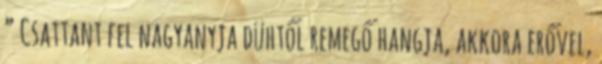
” Csattant fel nagyanyja dühtől remegő hangja, akkora erővel,